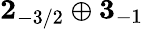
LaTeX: \mathbf{2}_{-3/2}\oplus\mathbf{3}_{-1}